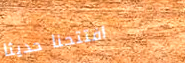
افتتحنا حديثاً